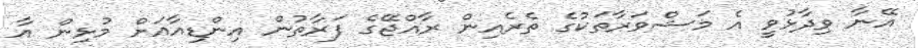
އޭނާ ވިދާޅުވީ އެ މަޝްވަރާތަކުގެ ތެރެއިން ރާއްޖޭގެ ފަރާތުން އިންޑިއާއަށް މުޅިން އާ